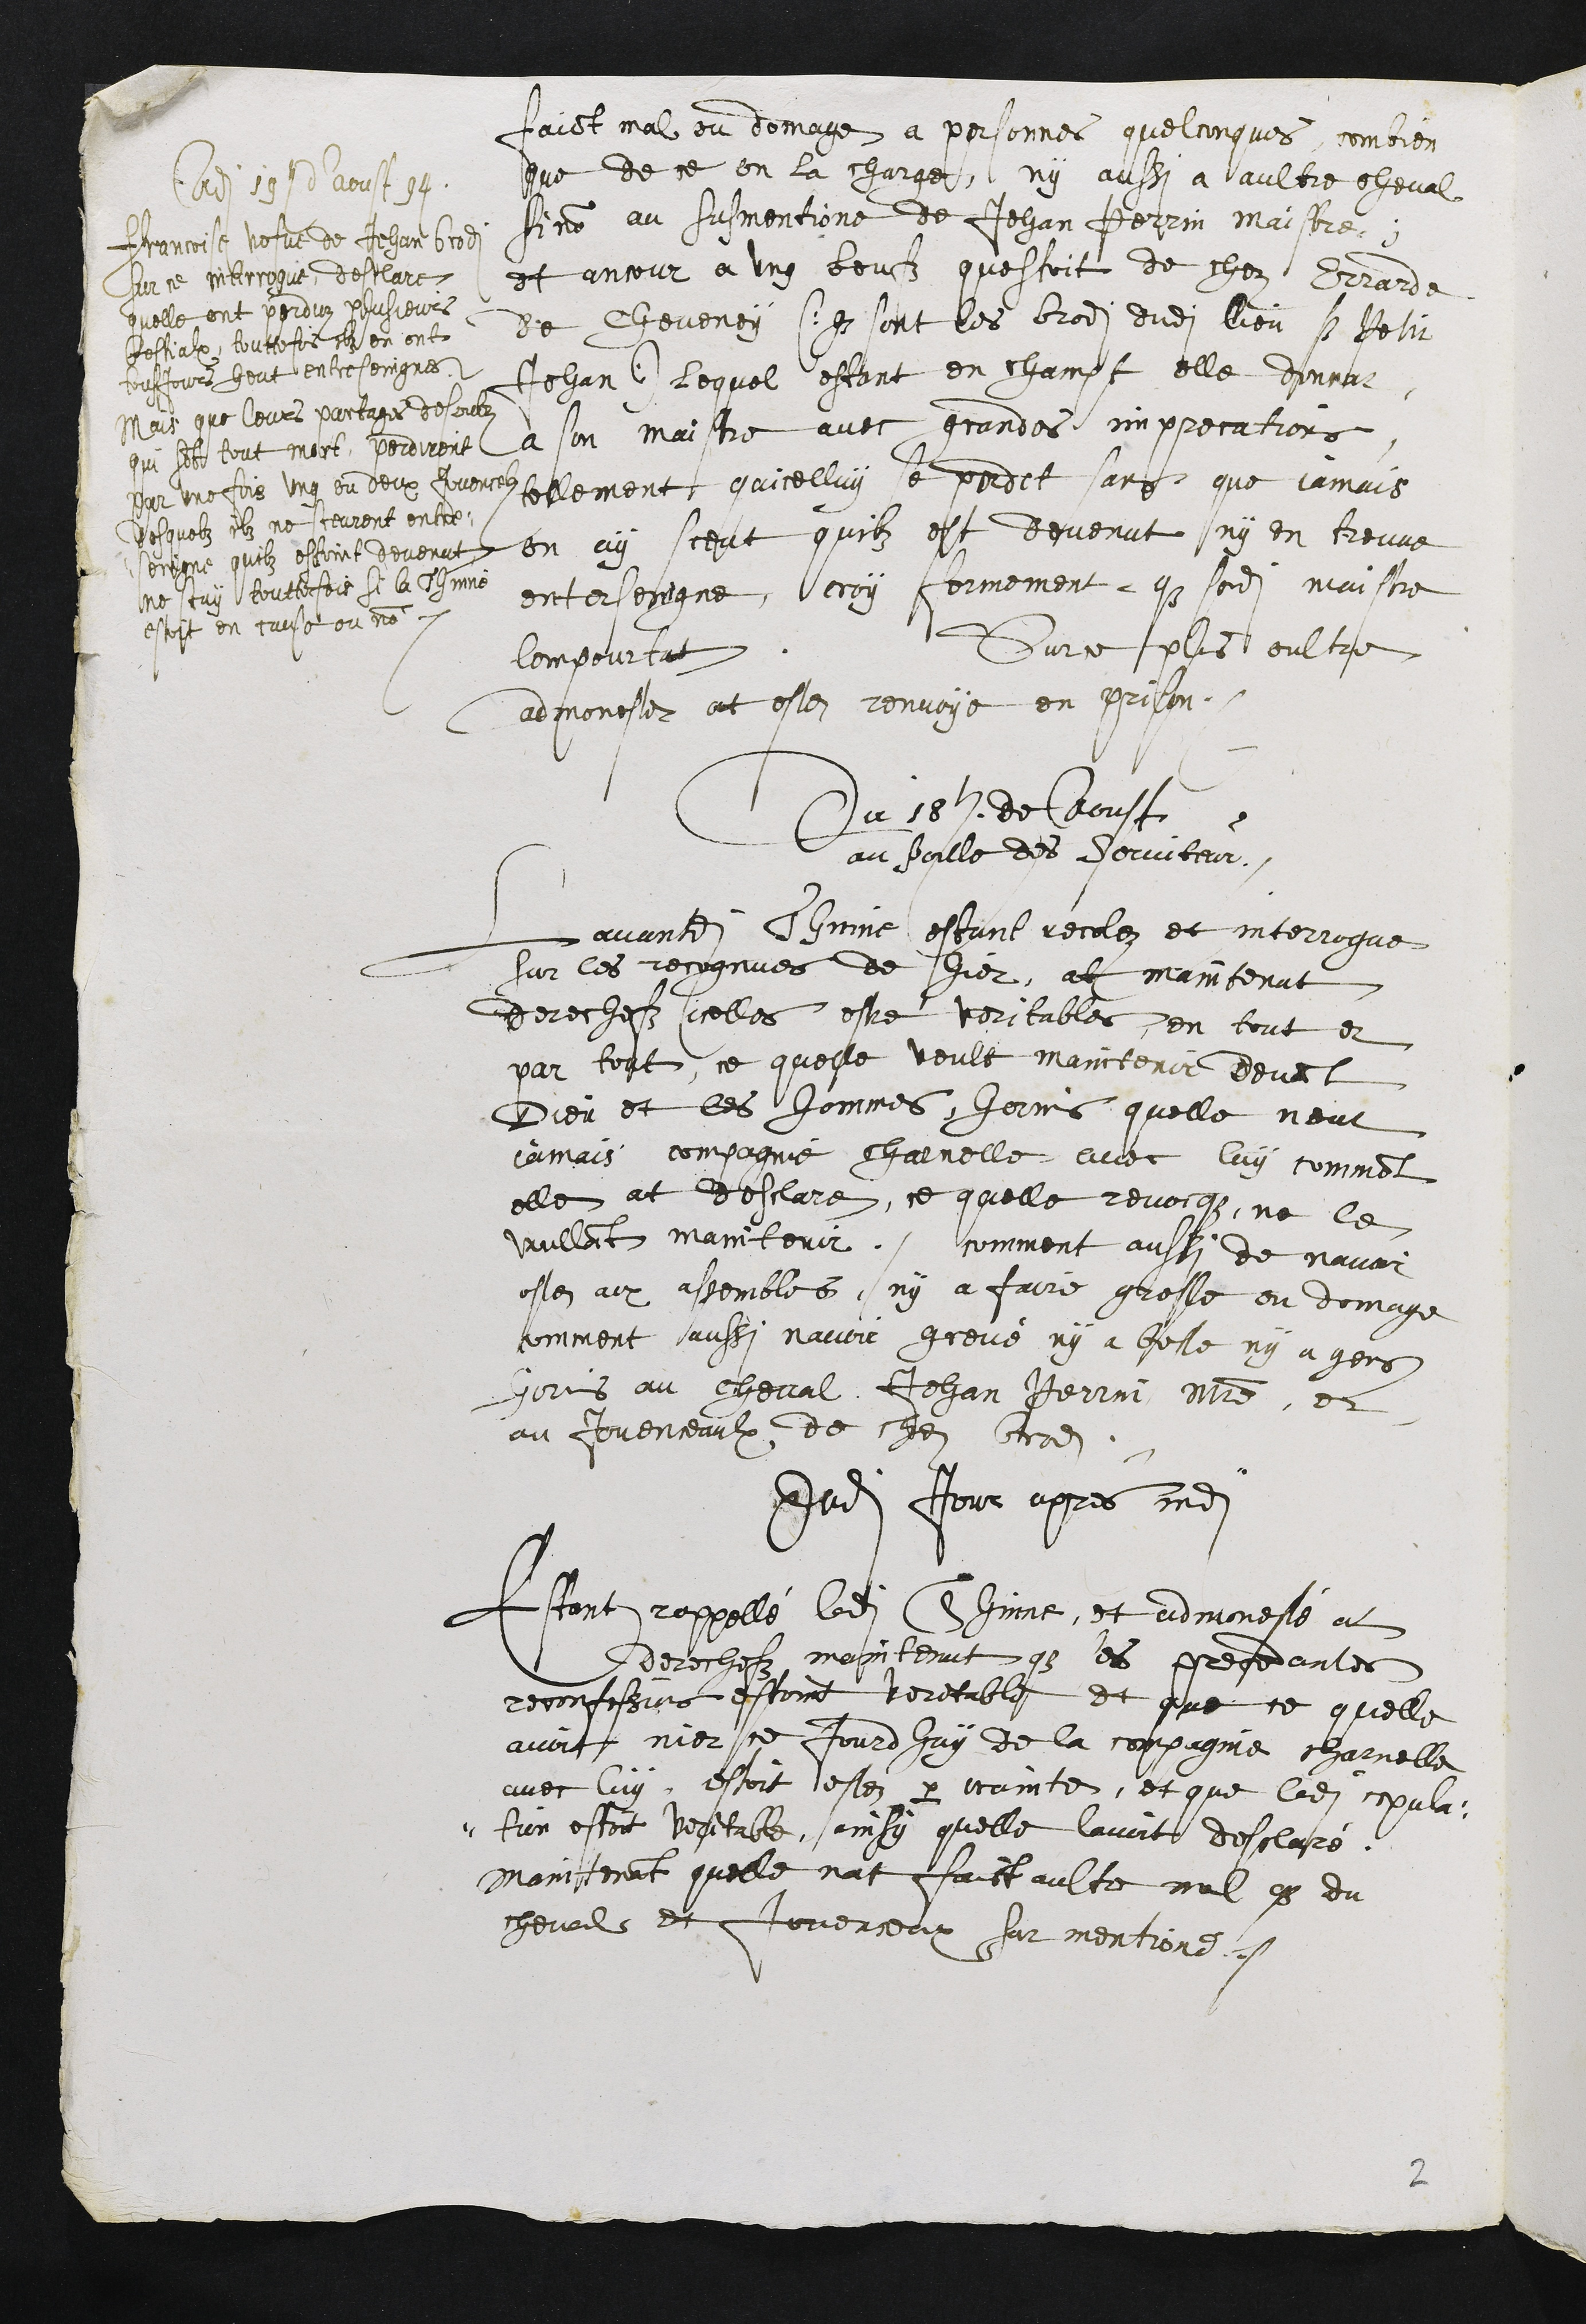
Ad 15 A au 194
Francoise vefve de Jehan Bra
Sur ce Interrogue desclart.
quelle ont perduz plusieurs
Bestialx, toutteffois son en ont
tousjours heut entreseingnes.
Mais que leurs partages desoubz
qui son tout mort perdirent
par une fois ung ou deux avence
desquelz ilz ne sceurent entre
soingne quilz estoint devenut
ne scay toutteffois si la chin
estoit en cause ou non.
faict mal ou domage a personnes quelconques combien
que de ce on la charge, ny aussi a aultre cheval
sinon au susmentione de Jehan Perrin maistre
et ancour a ung beufz questoit de chez Grarde
de Chevenoy si sont les bredit dudit lieu si retir
Jehan lequel estant en champt elle dencor
a son maistre avec grandes imprecations
tellement quicelluy le perdit sans que jamais
en ny sceut quilz est devenut ny en treuve
enterreigne, croy formement que sondit maistre
Sur ce plus oultre
lompourtat
admonger at estez renvoye en prison.
Du 18 de Coust
au poille des serviteur
Lavandit Chime, estant recolez et interrogue
sur les recognues de hier, et maintenat
derechefz icelles estre veritables, en tout et
par tout ce quelle veult maintenir devant
Dieu et les hommes hormis, quelle neut
jamais compagnie charnelle avec luy comment
elle at desclare, ce quelle revoit, ne le
voullant maintenir comment aussi de navoir
estez aux assembles, ny a faire grosse ou domage
comment aussi navoir grevé ny a beste ny a gens,
gens au cheval, Jehan Perrin Maistre, et
au Juvenceaulx de chez bradite
dudit jour apres ladit
estant rappellé ladite Sime, et admonesté a
derechefz maintenut que ses precedantes
reconfessions estoint veritable et que ce quelle
avoit nier ce jourdhuy de la compagnie charnelle
avec luy, estoit estez par crainte, et que ladite par
tion estoit veritable, ainsy quelle lavoit desclaire
maintinant quelle nat faict aultre mal en du
cheval et Joureux sur mentions.

2